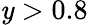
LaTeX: \mathit{y}>0.8